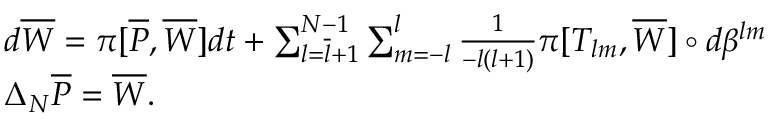
\begin{array} { l l } & { d \overline { { W } } = \pi [ \overline { { P } } , \overline { { W } } ] d t + \sum _ { l = \overline { { l } } + 1 } ^ { N - 1 } \sum _ { m = - l } ^ { l } \frac { 1 } { - l ( l + 1 ) } \pi [ T _ { l m } , \overline { { W } } ] \circ d \beta ^ { l m } } \\ & { \Delta _ { N } \overline { { P } } = \overline { { W } } . } \end{array}